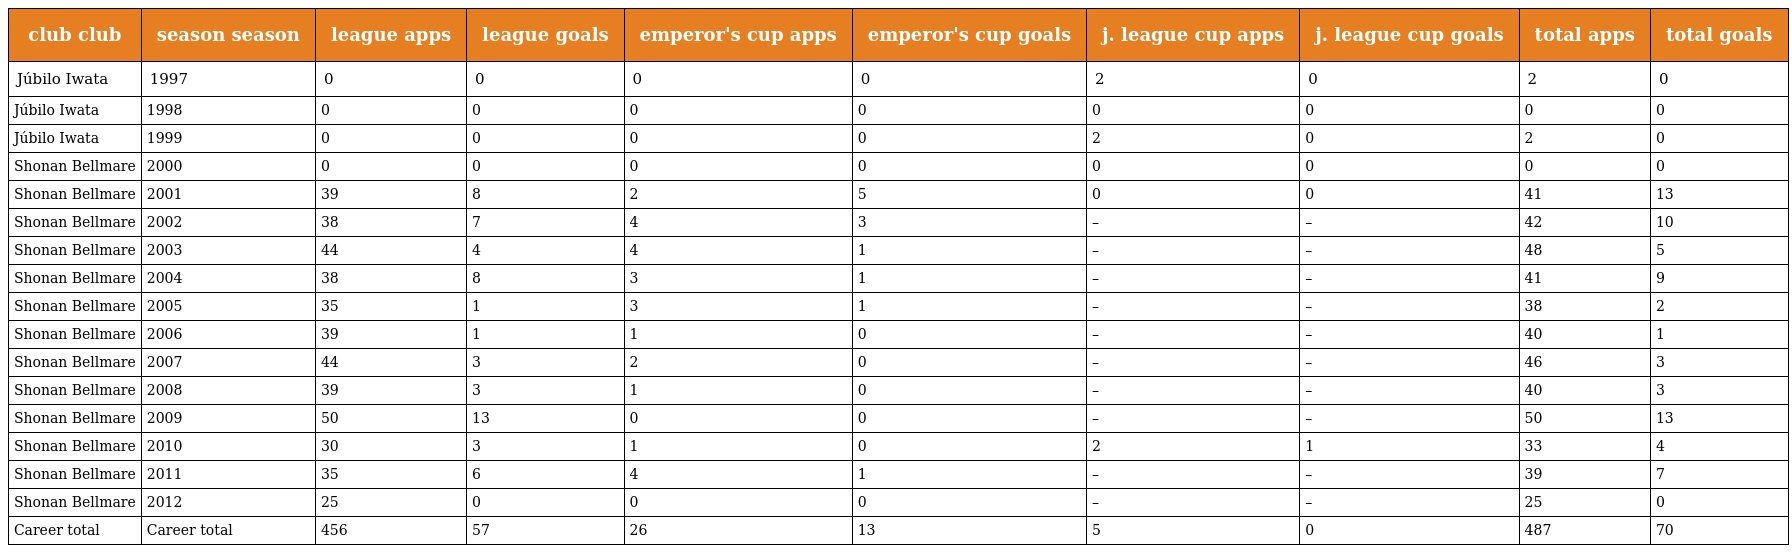
| club club | season season | league apps | league goals | emperor's cup apps | emperor's cup goals | j. league cup apps | j. league cup goals | total apps | total goals |
 | --- | --- | --- | --- | --- | --- | --- | --- | --- | --- |
 | Júbilo Iwata | 1997 | 0 | 0 | 0 | 0 | 2 | 0 | 2 | 0 |
 | Júbilo Iwata | 1998 | 0 | 0 | 0 | 0 | 0 | 0 | 0 | 0 |
 | Júbilo Iwata | 1999 | 0 | 0 | 0 | 0 | 2 | 0 | 2 | 0 |
 | Shonan Bellmare | 2000 | 0 | 0 | 0 | 0 | 0 | 0 | 0 | 0 |
 | Shonan Bellmare | 2001 | 39 | 8 | 2 | 5 | 0 | 0 | 41 | 13 |
 | Shonan Bellmare | 2002 | 38 | 7 | 4 | 3 | – | – | 42 | 10 |
 | Shonan Bellmare | 2003 | 44 | 4 | 4 | 1 | – | – | 48 | 5 |
 | Shonan Bellmare | 2004 | 38 | 8 | 3 | 1 | – | – | 41 | 9 |
 | Shonan Bellmare | 2005 | 35 | 1 | 3 | 1 | – | – | 38 | 2 |
 | Shonan Bellmare | 2006 | 39 | 1 | 1 | 0 | – | – | 40 | 1 |
 | Shonan Bellmare | 2007 | 44 | 3 | 2 | 0 | – | – | 46 | 3 |
 | Shonan Bellmare | 2008 | 39 | 3 | 1 | 0 | – | – | 40 | 3 |
 | Shonan Bellmare | 2009 | 50 | 13 | 0 | 0 | – | – | 50 | 13 |
 | Shonan Bellmare | 2010 | 30 | 3 | 1 | 0 | 2 | 1 | 33 | 4 |
 | Shonan Bellmare | 2011 | 35 | 6 | 4 | 1 | – | – | 39 | 7 |
 | Shonan Bellmare | 2012 | 25 | 0 | 0 | 0 | – | – | 25 | 0 |
 | Career total | Career total | 456 | 57 | 26 | 13 | 5 | 0 | 487 | 70 |